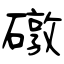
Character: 礅